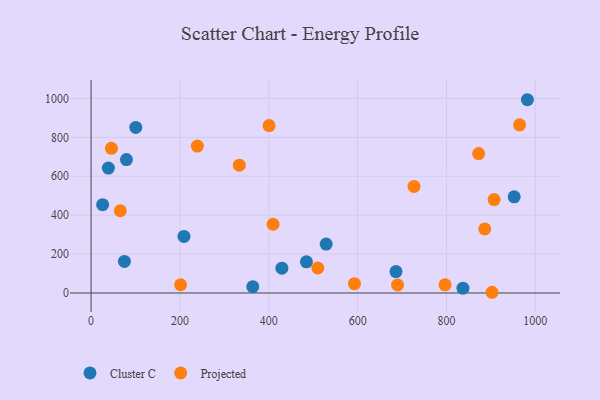
{"axis": {"x": "Study Hours", "y": "Exam Score"}, "legend": ["Cluster C", "Projected"], "data": [{"x": "982.1", "y": 993.5, "type": "Cluster C"}, {"x": "686.3", "y": 110.2, "type": "Cluster C"}, {"x": "100.6", "y": 850.9, "type": "Cluster C"}, {"x": "364.0", "y": 32.6, "type": "Cluster C"}, {"x": "837.1", "y": 25.0, "type": "Cluster C"}, {"x": "26.0", "y": 453.8, "type": "Cluster C"}, {"x": "952.4", "y": 494.6, "type": "Cluster C"}, {"x": "79.6", "y": 686.0, "type": "Cluster C"}, {"x": "209.1", "y": 290.7, "type": "Cluster C"}, {"x": "484.8", "y": 160.0, "type": "Cluster C"}, {"x": "529.2", "y": 251.4, "type": "Cluster C"}, {"x": "75.1", "y": 162.1, "type": "Cluster C"}, {"x": "39.0", "y": 642.1, "type": "Cluster C"}, {"x": "429.5", "y": 127.6, "type": "Cluster C"}, {"x": "592.9", "y": 47.8, "type": "Projected"}, {"x": "689.9", "y": 41.2, "type": "Projected"}, {"x": "886.1", "y": 329.6, "type": "Projected"}, {"x": "239.2", "y": 755.4, "type": "Projected"}, {"x": "902.5", "y": 3.7, "type": "Projected"}, {"x": "907.2", "y": 480.0, "type": "Projected"}, {"x": "872.4", "y": 716.9, "type": "Projected"}, {"x": "796.8", "y": 41.8, "type": "Projected"}, {"x": "45.8", "y": 743.7, "type": "Projected"}, {"x": "409.7", "y": 353.4, "type": "Projected"}, {"x": "726.9", "y": 547.6, "type": "Projected"}, {"x": "333.7", "y": 657.3, "type": "Projected"}, {"x": "400.7", "y": 860.4, "type": "Projected"}, {"x": "510.4", "y": 128.6, "type": "Projected"}, {"x": "964.5", "y": 864.6, "type": "Projected"}, {"x": "201.5", "y": 42.5, "type": "Projected"}, {"x": "65.8", "y": 422.9, "type": "Projected"}]}